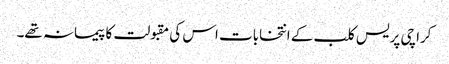
کراچی پریس کلب کے انتخابات اس کی مقبولت کا پیمانہ تھے۔